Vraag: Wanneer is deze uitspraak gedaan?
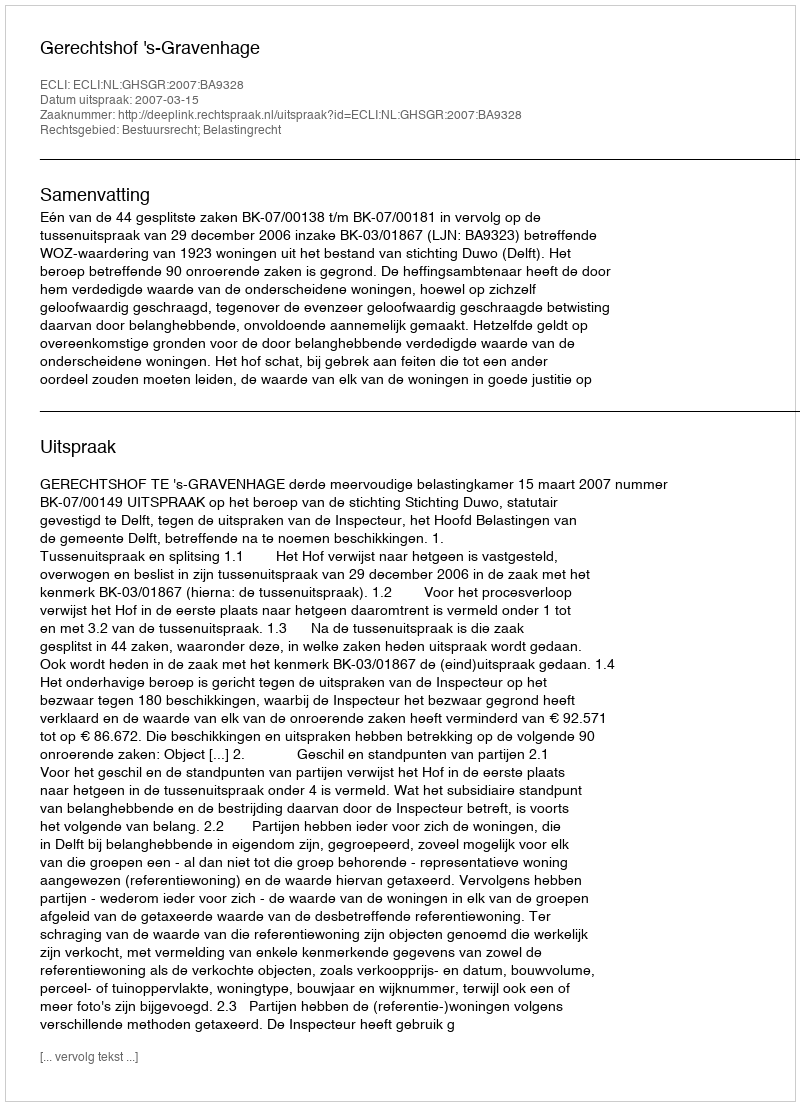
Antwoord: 2007-03-15